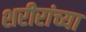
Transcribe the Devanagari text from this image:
शरीरांच्या